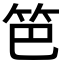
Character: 笆